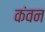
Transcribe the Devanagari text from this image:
कंवन